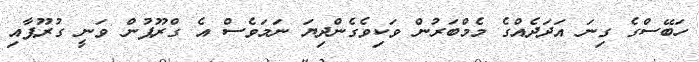
ހަބޭސްގެ ގިނަ އަދަދެއްގެ މެމްބަރުން ވަކިވެގެންދިޔަ ނަމަވެސް އެ ގްރޫޕުން ވަނީ ގުރޫޕާއި